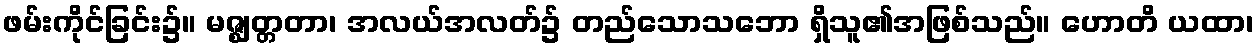
ဖမ်းကိုင်ခြင်း၌။ မဇ္ဈတ္တတာ၊ အလယ်အလတ်၌ တည်သောသဘော ရှိသူ၏အဖြစ်သည်။ ဟောတိ ယထာ၊